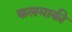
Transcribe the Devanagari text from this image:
कलमाकी